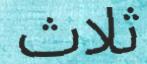
ثلاث